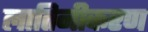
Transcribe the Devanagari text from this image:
लातिनीकरण